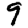
Digit: 9